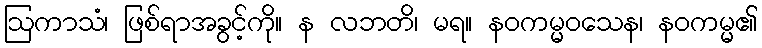
ဩကာသံ၊ ဖြစ်ရာအခွင့်ကို။ န လဘတိ၊ မရ။ နဝကမ္မဝသေန၊ နဝကမ္မ၏